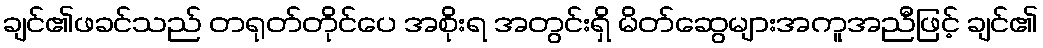
ချင်၏ဖခင်သည် တရုတ်တိုင်ပေ အစိုးရ အတွင်းရှိ မိတ်ဆွေများအကူအညီဖြင့် ချင်၏